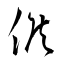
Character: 候